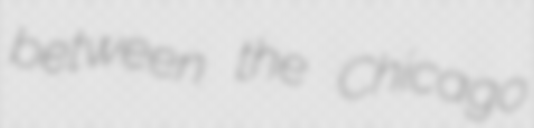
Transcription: between the Chicago